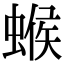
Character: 䗔